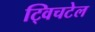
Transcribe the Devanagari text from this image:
ट्विचटेल